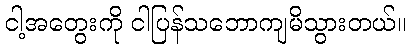
ငါ့အတွေးကို ငါပြန်သဘောကျမိသွားတယ်။